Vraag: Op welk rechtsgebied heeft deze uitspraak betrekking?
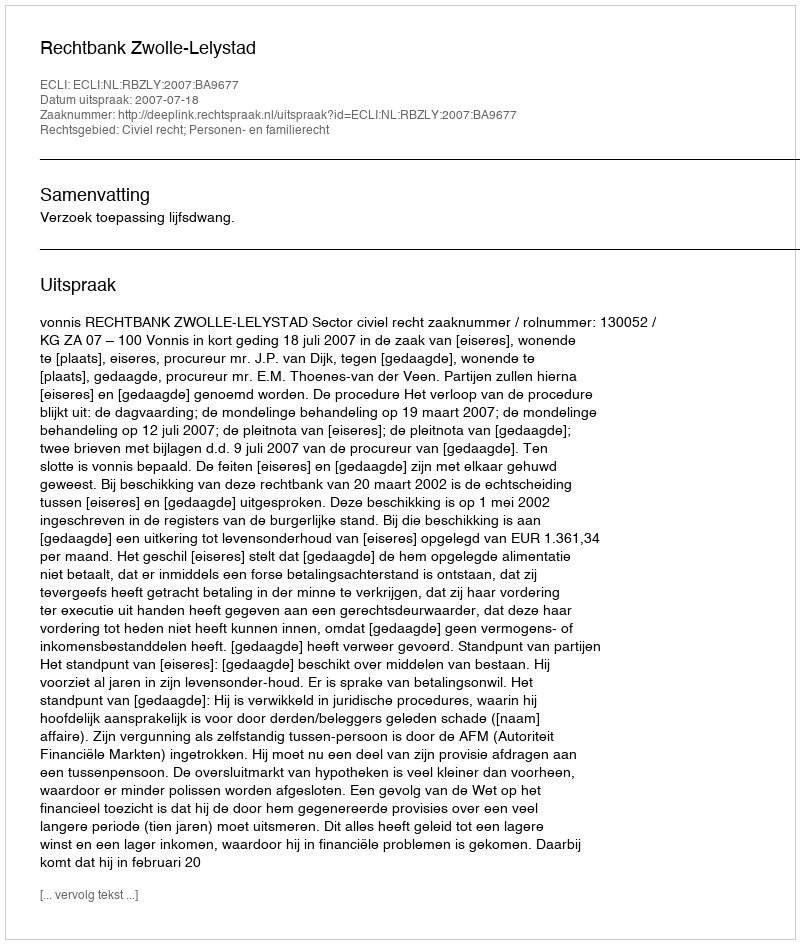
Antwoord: Civiel recht; Personen- en familierecht